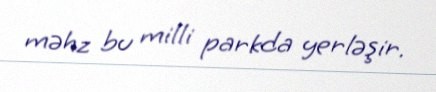
məhz bu milli parkda yerləşir.